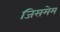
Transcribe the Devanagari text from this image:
जिसमेम